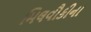
મિલવૌકીના